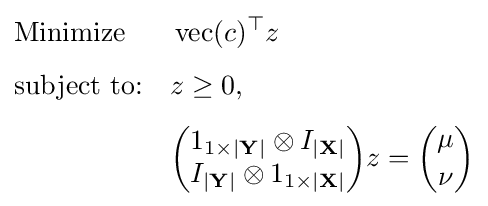
{\begin{aligned}&{\text{Minimize }}&&\operatorname {vec} (c)^{\top }z\\[4pt]&{\text{subject to:}}&&z\geq 0,\\[4pt]&&&{\begin{pmatrix}1_{1\times |\mathbf {Y} |}\otimes I_{|\mathbf {X} |}\\I_{|\mathbf {Y} |}\otimes 1_{1\times |\mathbf {X} |}\end{pmatrix}}z={\binom {\mu }{\nu }}\end{aligned}}